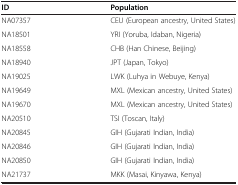
<table><thead><tr><td><b>ID</b></td><td><b>Population</b></td></tr></thead><tbody><tr><td>NA07357</td><td>CEU (European ancestry, United States)</td></tr><tr><td>NA18501</td><td>YRI (Yoruba, Idaban, Nigeria)</td></tr><tr><td>NA18558</td><td>CHB (Han Chinese, Beijing)</td></tr><tr><td>NA18940</td><td>JPT (Japan, Tokyo)</td></tr><tr><td>NA19025</td><td>LWK (Luhya in Webuye, Kenya)</td></tr><tr><td>NA19649</td><td>MXL (Mexican ancestry, United States)</td></tr><tr><td>NA19670</td><td>MXL (Mexican ancestry, United States)</td></tr><tr><td>NA20510</td><td>TSI (Toscan, Italy)</td></tr><tr><td>NA20845</td><td>GIH (Gujarati Indian, India)</td></tr><tr><td>NA20846</td><td>GIH (Gujarati Indian, India)</td></tr><tr><td>NA20850</td><td>GIH (Gujarati Indian, India)</td></tr><tr><td>NA21737</td><td>MKK (Masai, Kinyawa, Kenya)</td></tr></tbody></table>